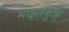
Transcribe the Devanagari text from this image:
मोझाकुन्नु